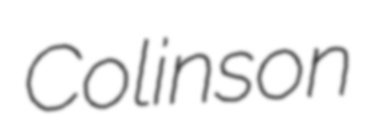
Colinson